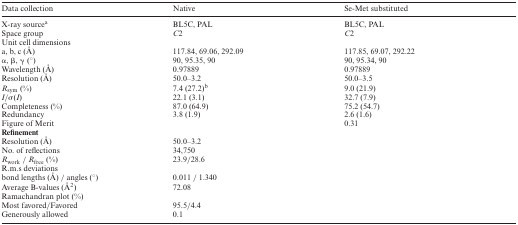
<table><thead><tr><td><b>Data collection</b></td><td><b>Native</b></td><td><b>Se-Met substituted</b></td></tr></thead><tbody><tr><td>X-ray source<sup>a</sup></td><td>BL5C, PAL</td><td>BL5C, PAL</td></tr><tr><td>Space group</td><td><i>C</i>2</td><td><i>C</i>2</td></tr><tr><td colspan="3">Unit cell dimensions</td></tr><tr><td>a, b, c (Å)</td><td>117.84, 69.06, 292.09</td><td>117.85, 69.07, 292.22</td></tr><tr><td>α, β, γ (°)</td><td>90, 95.35, 90</td><td>90, 95.34, 90</td></tr><tr><td>Wavelength (Å)</td><td>0.97889</td><td>0.97889</td></tr><tr><td>Resolution (Å)</td><td>50.0–3.2</td><td>50.0–3.5</td></tr><tr><td><i>R</i><sub>sym</sub> (%)</td><td>7.4 (27.2)<sup>b</sup></td><td>9.0 (21.9)</td></tr><tr><td><i>I</i>/σ(<i>I</i>)</td><td>22.1 (3.1)</td><td>32.7 (7.9)</td></tr><tr><td>Completeness (%)</td><td>87.0 (64.9)</td><td>75.2 (54.7)</td></tr><tr><td>Redundancy</td><td>3.8 (1.9)</td><td>2.6 (1.6)</td></tr><tr><td>Figure of Merit</td><td></td><td>0.31</td></tr><tr><td colspan="3"><b>Refinement</b></td></tr><tr><td>Resolution (Å)</td><td>50.0–3.2</td><td></td></tr><tr><td>No. of reflections</td><td>34,750</td><td></td></tr><tr><td><i>R</i><sub>work</sub> / <i>R</i><sub>free</sub> (%)</td><td>23.9/28.6</td><td></td></tr><tr><td colspan="3">R.m.s deviations</td></tr><tr><td>bond lengths (Å) / angles (°)</td><td>0.011 / 1.340</td><td></td></tr><tr><td>Average B-values (Å<sup>2</sup>)</td><td>72.08</td><td></td></tr><tr><td colspan="3">Ramachandran plot (%)</td></tr><tr><td>Most favored/Favored</td><td>95.5/4.4</td><td></td></tr><tr><td>Generously allowed</td><td>0.1</td><td></td></tr></tbody></table>